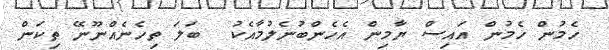
ހެމުން ހެމުން އައިސް ޔާމިން އެހެންބުނެލުމާއެކު  ބަލަ ތިހެނެއްނޫނޭ ތިކަން